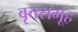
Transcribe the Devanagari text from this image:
वृत्तसमूह